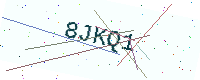
Text: 8JKQ1